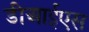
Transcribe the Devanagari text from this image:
डीआईएस